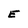
Character: E